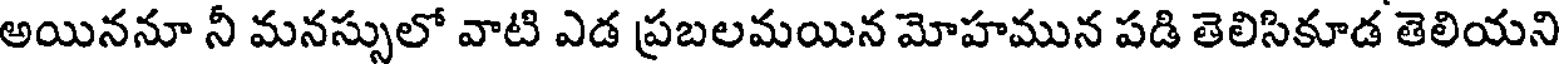
అయిననూ నీ మనస్సులో వాటి ఎడ ప్రబలమయిన మోహమున పడి తెలిసికూడ తెలియని